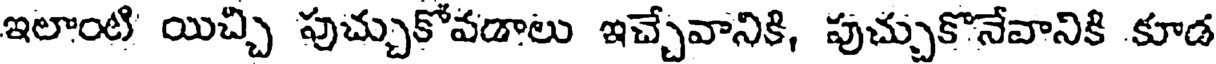
ఇలాంటి యిచ్చి పుచ్చుకోవడాలు ఇచ్చేవానికి, పుచ్చుకొనేవానికి కూడ